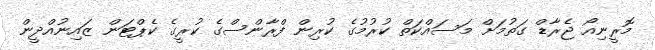
މޮރީނިއޯ ޖެރާޑް ގަތުމަށް މަސައްކަތް ކުރުމުގެ ކުރިން ފްރާންސްގެ ކުރީގެ ކެޕްޓަން ޒައިނުއްދީން